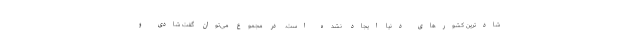
شادترین کشورهای دنیا ایجاد نشده است. در مجموع می‌توان گفت شادی و